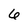
Character: 6